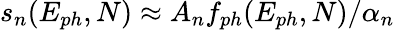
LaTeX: s_{n}(E_{ph},N)\approx A_{n}f_{ph}(E_{ph},N)/\alpha_{n}